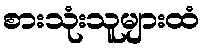
စားသုံးသူများထံ